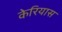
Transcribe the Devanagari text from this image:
केरियास